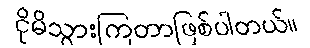
ငိုမိသွားကြတာဖြစ်ပါတယ်။